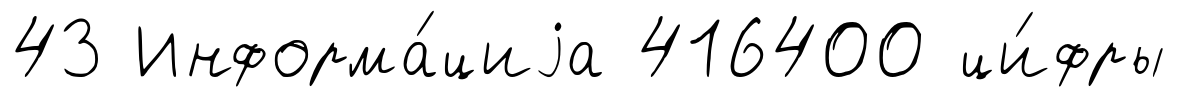
43 Информа́циjа 416400 ци́фры